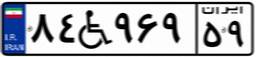
۸۴W۹۶۹۵۹